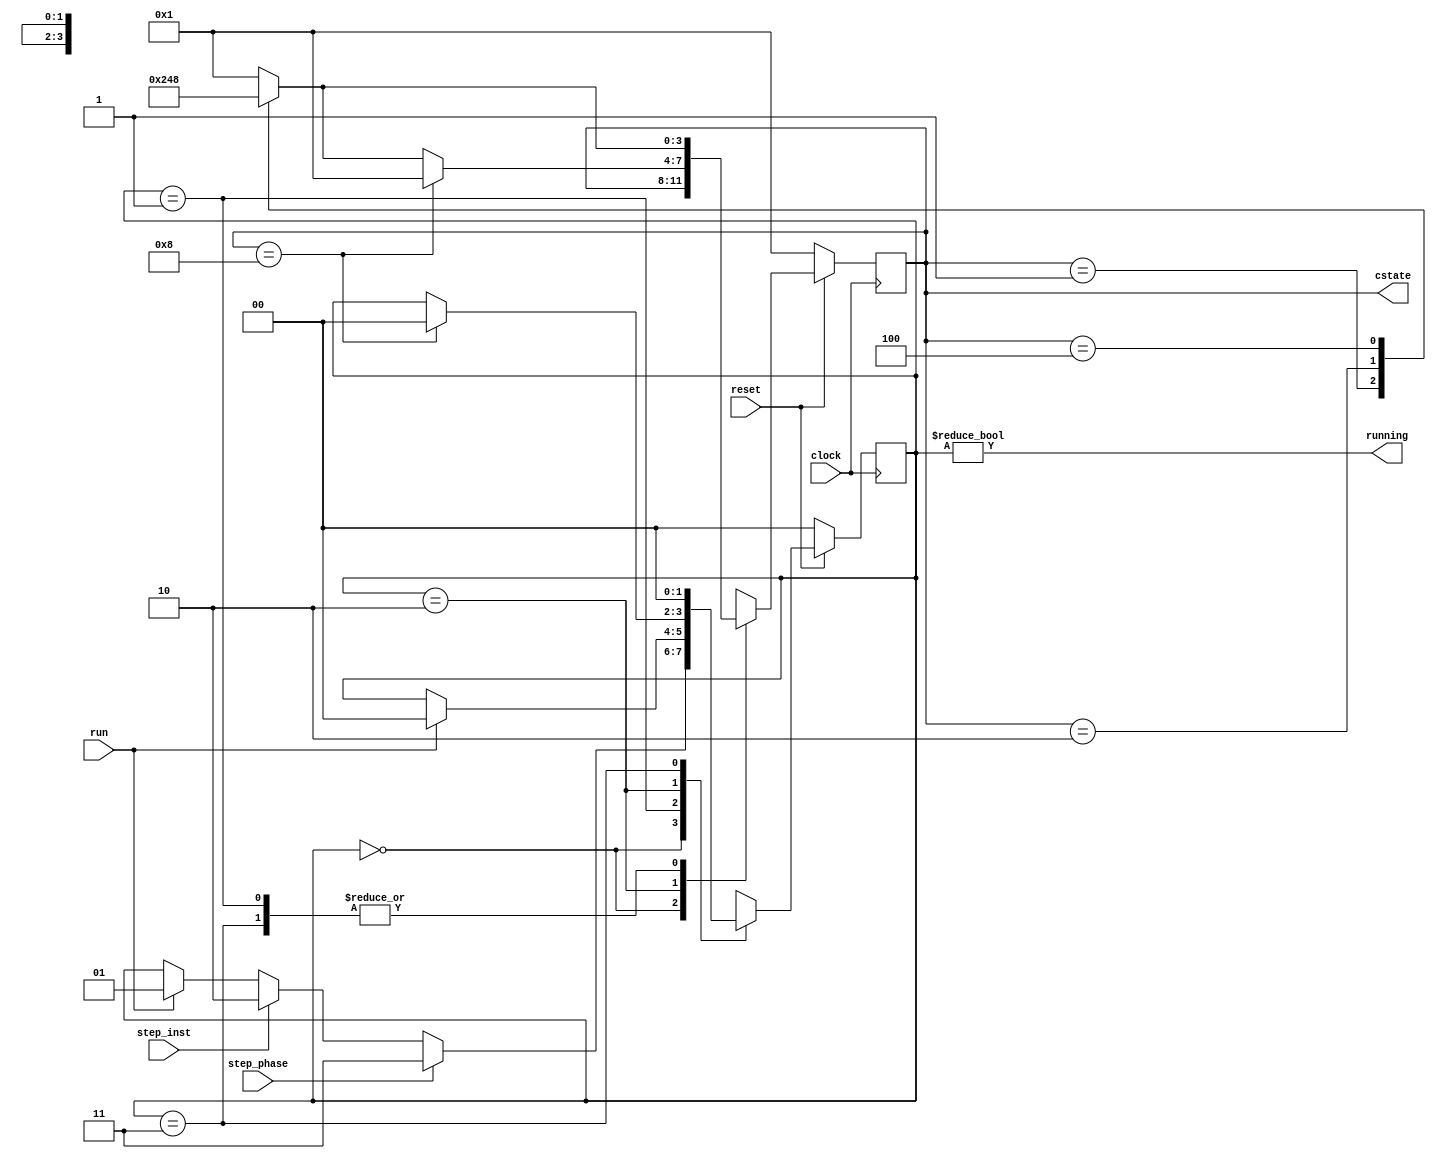
// @file phasegen.v
// @breif 
// @author Yusuke Matsunaga ( )
//
// Copyright (C) 2019 Yusuke Matsunaga
// All rights reserved.
//
// []
// 
//
// cstate = {cs_wb, cs_ex, cs_de, cs_if}
// 11
// cs_wb = cstate[3], cs_if = cstate[0]
// 
// 
// cs_if: IF 
// cs_de: DE 
// cs_ex: EX 
// cs_wb: WB 
//
// []
// clock:      ()
// reset:      (0)
// run:        
// step_phase: 1
// step_inst:  1
// cstate:     
// running:    
module phasegen(input          clock,
      input         reset,
      input         run,
      input         step_phase,
      input         step_inst,
      output reg [3:0] cstate,
      output      running);
      
parameter IF         = 4'b0001;
parameter DE         = 4'b0010;
parameter EX         = 4'b0100;
parameter WB         = 4'b1000;

parameter STOP       = 2'b00;
parameter RUN        = 2'b01;
parameter STEP_INST  = 2'b10;
parameter STEP_PHASE = 2'b11;
      
reg [1:0] state;


function [3:0] next_phase(input [3:0] phase);
   case ( phase )
      IF: next_phase = DE;
      DE: next_phase = EX;
      EX: next_phase = WB;
      WB: next_phase = IF;
      default: next_phase = IF;
   endcase
endfunction


always @ ( posedge clock ) begin
   if ( !reset ) begin
      // reset 0 phase IF Stop 
      cstate = IF;
      state = STOP;
   end
   else begin
      case ( state )
         STOP: begin
            if ( run ) state = RUN;
            if ( step_inst ) state = STEP_INST;
            if ( step_phase ) state = STEP_PHASE;
         end
         
         RUN: begin
            if ( run ) state = STOP;
            cstate = next_phase(cstate);
         end
         
         STEP_INST: begin
            if ( cstate == WB ) begin
               cstate = IF;
               state = STOP;
            end 
            else begin
               cstate = next_phase(cstate);
            end
         end
         
         STEP_PHASE: begin
            cstate = next_phase(cstate);
            state = STOP;
         end
      endcase
   end
end


assign running = (state != STOP);


endmodule // phasegen